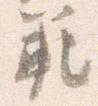
範